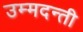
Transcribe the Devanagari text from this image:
उम्मदन्ती